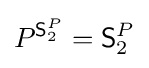
P^{{\mathsf {S}}_{2}^{P}}={\mathsf {S}}_{2}^{P}